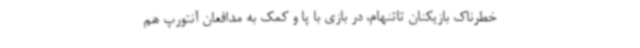
خطرناک بازیکنان تاتنهام، در بازی با پا و کمک به مدافعان آنتورپ هم